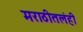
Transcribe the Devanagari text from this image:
मराठीतलंही